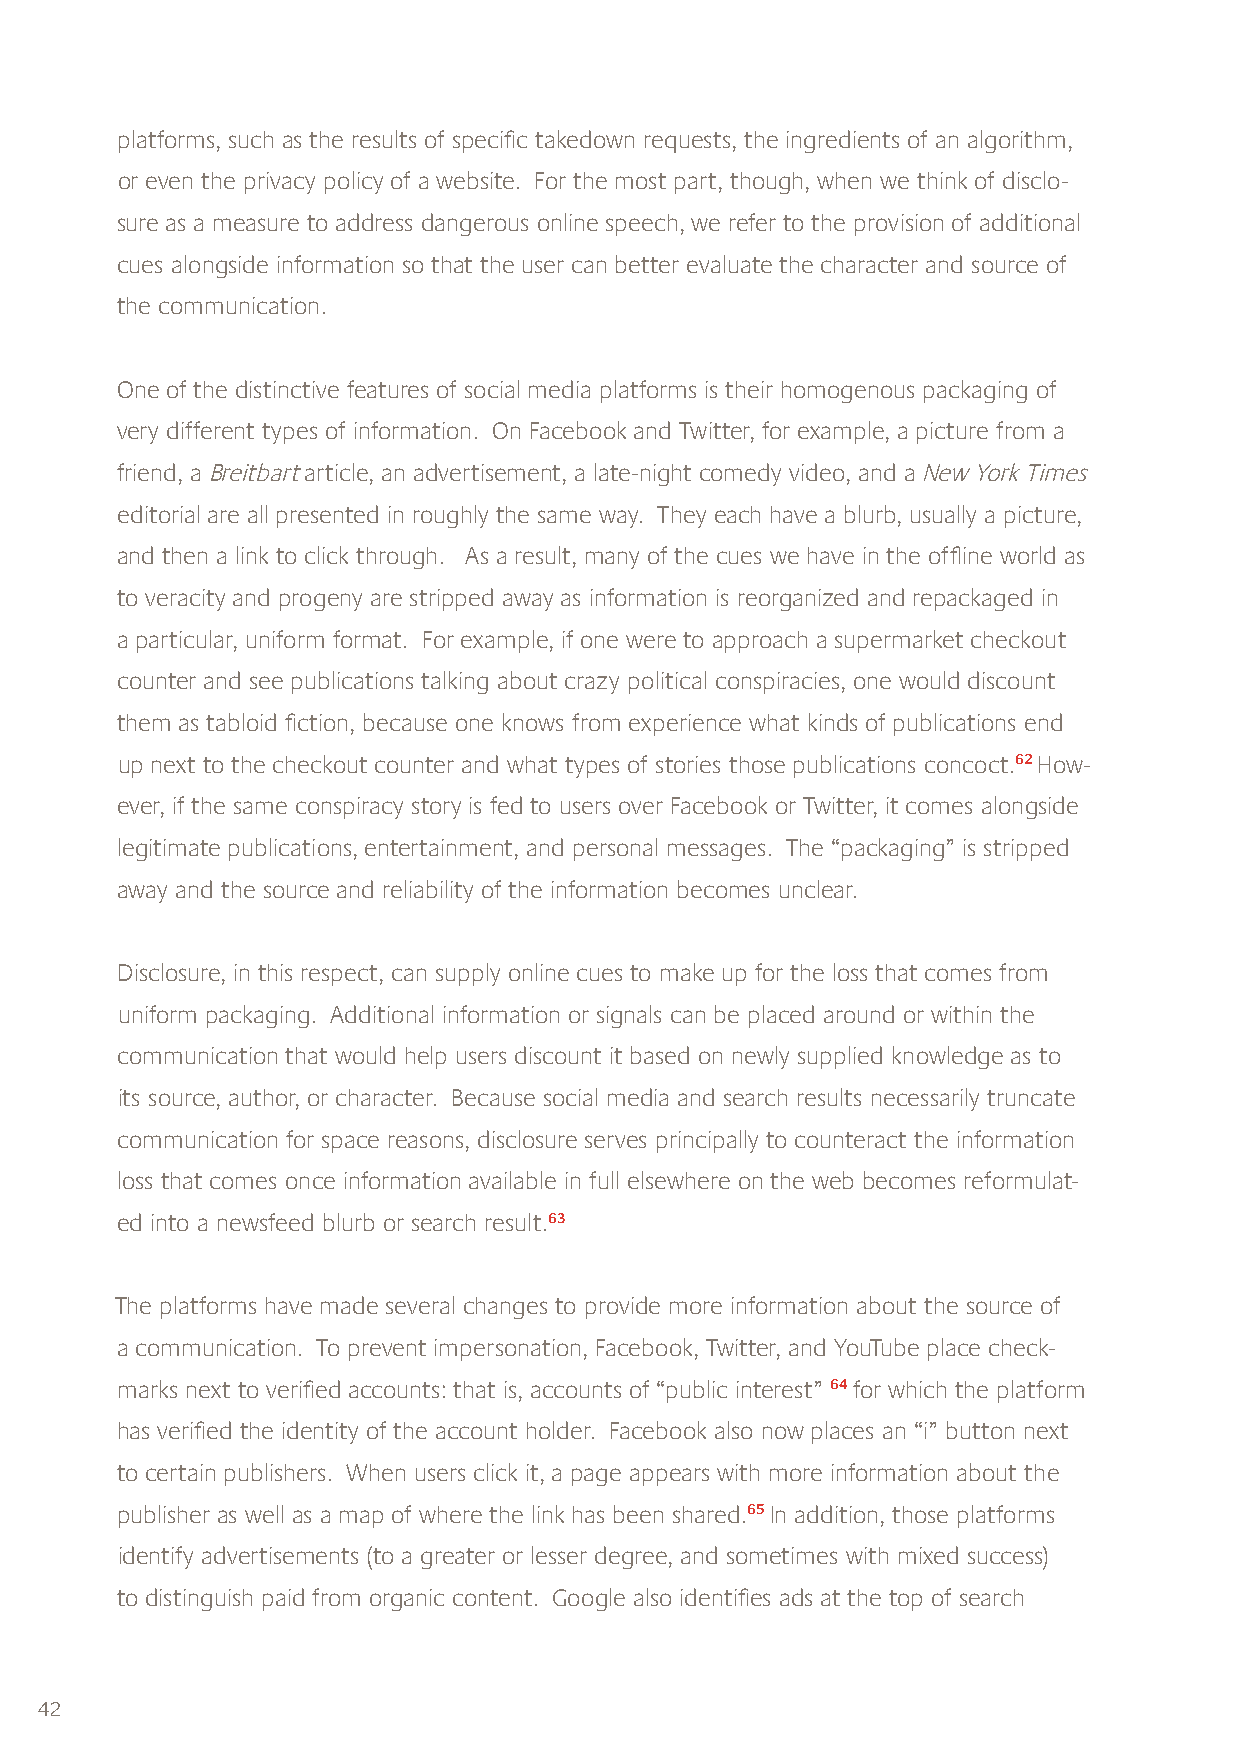
platforms, such as the results of specific takedown requests, the ingredients of an algorithm,
 or even the privacy policy of a website. For the most part, though, when we think of disclo-
 sure as a measure to address dangerous online speech, we refer to the provision of additional
 cues alongside information so that the user can better evaluate the character and source of
 the communication.
 One of the distinctive features of social media platforms is their homogenous packaging of
 very different types of information. On Facebook and Twitter, for example, a picture from a
 friend, a Breitbart article, an advertisement, a late-night comedy video, and a New York Times
 editorial are all presented in roughly the same way. They each have a blurb, usually a picture,
 and then a link to click through. As a result, many of the cues we have in the offline world as
 to veracity and progeny are stripped away as information is reorganized and repackaged in
 a particular, uniform format. For example, if one were to approach a supermarket checkout
 counter and see publications talking about crazy political conspiracies, one would discount
 them as tabloid fiction, because one knows from experience what kinds of publications end
 up next to the checkout counter and what types of stories those publications concoct.62 How-
 ever, if the same conspiracy story is fed to users over Facebook or Twitter, it comes alongside
 legitimate publications, entertainment, and personal messages. The “packaging” is stripped
 away and the source and reliability of the information becomes unclear.
 Disclosure, in this respect, can supply online cues to make up for the loss that comes from
 uniform packaging. Additional information or signals can be placed around or within the
 communication that would help users discount it based on newly supplied knowledge as to
 its source, author, or character. Because social media and search results necessarily truncate
 communication for space reasons, disclosure serves principally to counteract the information
 loss that comes once information available in full elsewhere on the web becomes reformulat-
 ed into a newsfeed blurb or search result.63
 The platforms have made several changes to provide more information about the source of
 a communication. To prevent impersonation, Facebook, Twitter, and YouTube place check-
 marks next to verified accounts: that is, accounts of “public interest” 64 for which the platform
 has verified the identity of the account holder. Facebook also now places an “i” button next
 to certain publishers. When users click it, a page appears with more information about the
 publisher as well as a map of where the link has been shared.65 In addition, those platforms
 identify advertisements (to a greater or lesser degree, and sometimes with mixed success)
 to distinguish paid from organic content. Google also identifies ads at the top of search
 42